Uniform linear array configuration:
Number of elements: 16
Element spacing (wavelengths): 1
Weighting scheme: exponential
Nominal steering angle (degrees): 15
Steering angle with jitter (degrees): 16.244
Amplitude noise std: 0.05
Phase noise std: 0.05

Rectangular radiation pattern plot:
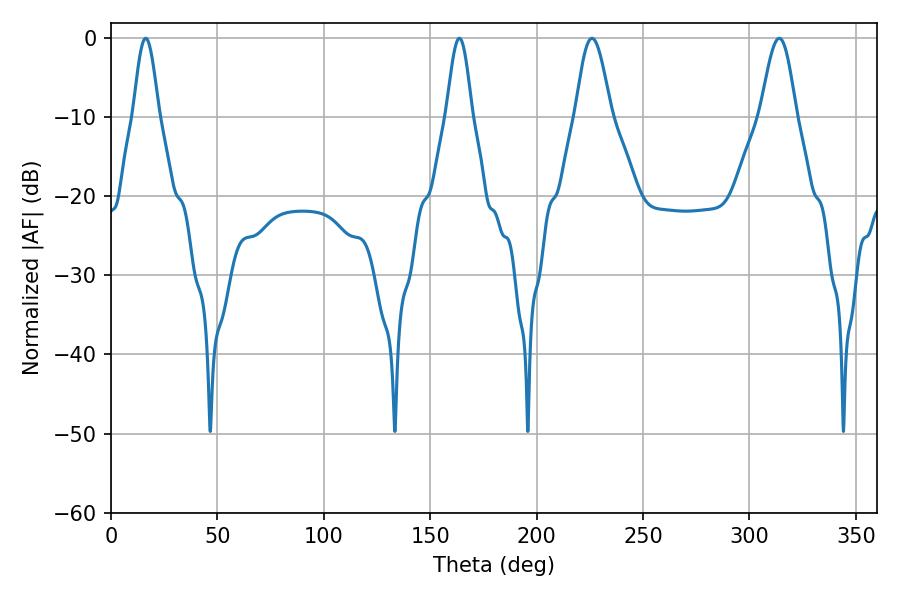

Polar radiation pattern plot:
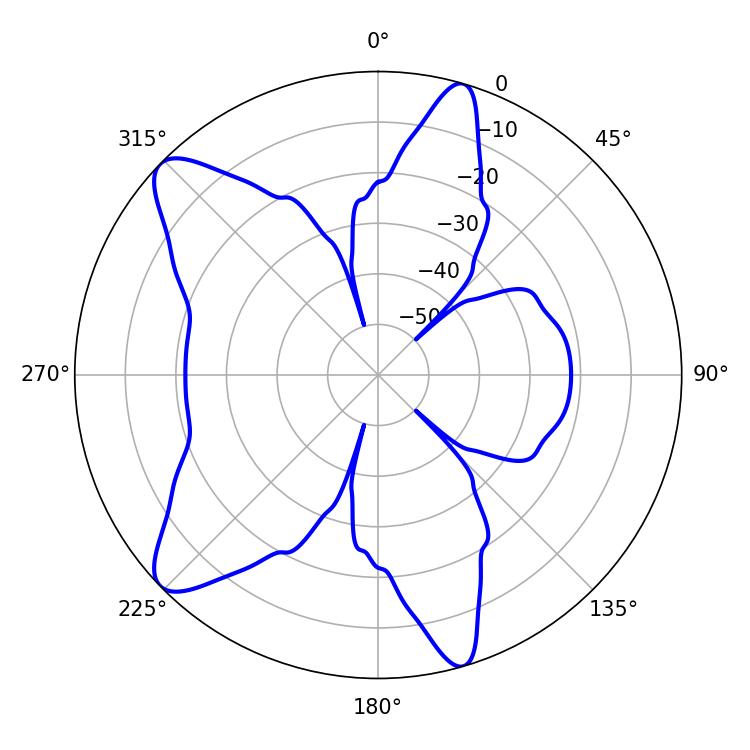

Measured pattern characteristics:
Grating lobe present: TRUE
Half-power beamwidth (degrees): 8.82
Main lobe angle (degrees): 226.08